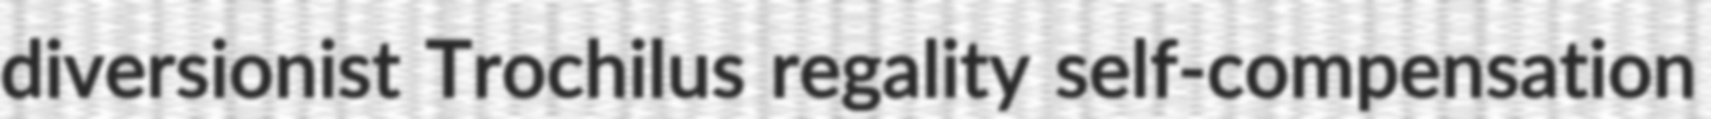
diversionist Trochilus regality self-compensation